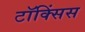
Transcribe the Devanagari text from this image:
टॉक्सिंस